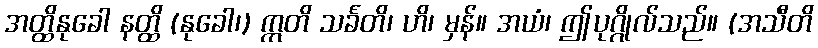
အတ္ထိနုခေါ နတ္ထိ (နုခေါ၊) ဣတိ သင်္ခတိ၊ ဟိ၊ မှန်။ အယံ၊ ဤပုဂ္ဂိုလ်သည်။ (အသီတိ